Report on enteric fever
Disease focus: Fever
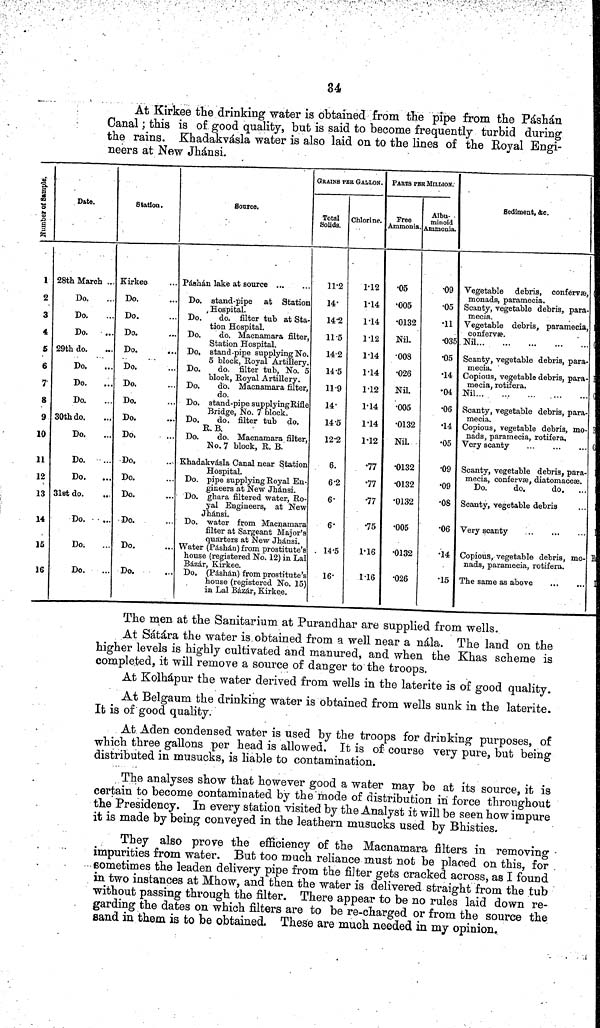
84
At Kirkee the drinking water is obtained from the pipe from the Páshán
Canal; this is of good quality, but is said to become frequently turbid during
the rains. Khadakvaála water is also laid on to the lines of the Royal Engi-
neers at New Jhánsi.
Number of Sample.
1
2
3
4
5
6
7
8
9
10
11
12
13
14
15
16
Date.
28th March ...
Do.
Do.
Do.
29th do.
Do.
Do.
Do.
30th do.
Do.
Do.
Do.
31st do.
Do.
Do.
Do.
Station.
Kirkee
Do.
Do.
Do.
Do.
Do.
Do.
Do.
Do.
Do,
Do,
Do.
Do.
Do.
Do.
Do.
Source.
Páshán lake at source
Do. stand-pipe at Station
Hospital.
Do.
do. filter tub at Sta-
tion Hospital.
Do.
do. Macnamara filter,
Station Hospital.
Do, stand-pipe supplying No.
5 block, Royal Artillery.
Do.
do filter tub, No. 5
block, Royal Artillery.
Do.
do. Macnamara filter,
do.
Do. stand-pipe supplying Rifle
Bridge, No. 7 block.
Do,
do. filter tub do.
R.B.
Do.
do, Macnamara filter,
No. 7 block, R. B.
Khadakvásla Canal near Station
Hospital.
Do. pipe supplying Royal En-
gineers at New Jhánsi.
Do. ghara filtered water, Ro-
yal Engineers, at New
Jhánsi.
Do, water from Macnamara
filter at Sargeant Major's
quarters at New Jhánsi.
Water (Páshán) from prostitute's
house (registered No. 12) in Lal
Bazar, Kirkee.
Do. (Páshán) from prostitute's
house (registered No. 15
in Lal Bázár, Kirkee.
GRAINS PER GALLON.
Total
Solids.
11 2
14
14 2
11 5
14 2
14 5
11 9
14
14 5
12 2
6.
6 2
6
6
. 14 5
16
Chlorine.
1 12
1 14
1 14
1 12
1 14
1 14
1 12
1 14
1 14
1 12
77
77
77
75
ie
1 16
FARTS peR MILlION.
Free
Ammonia.
05
005
0132
Nil.
008
026
Nil.
005
0132
Nil.
0132
0132
0132
005
0132
026
Albu-
minoid
Ammonia,
09
05
11
035
05
14
04
06
14
05
09
09
08
06
14
15
Sediment, &c.
Vegetable debris, confervæ,
monads, paramecia.
Scanty, vegetable debris, para-
mecia.
Vegetable debris, paramecia,
confervæ.
Nil
Scanty, vegetable debris, para-
mecia.
Copious, vegetable debris, para-
mecia. rotifera.
Nil
Scanty, vegetable debris, para-
mecia.
Copious, vegetable debris, mo-
nads, paramecia, rotifera.
Very scanty
. .
Scanty, vegetable debris, para-
mecia, confervæ, diatomaceæ.
Do.
do.
do.
Scanty, vegetable debris
Very scanty
Copious, vegetable debris, mo-
nads, paramecia, rotifera.
The same as above
The men at the Sanitarium at Purandhar are supplied from wells.
At Sátára the water is obtained from a well near a nála. The land on the
higher levels is highly cultivated and manured, and when the Khas scheme is
completed, it will remove a source of danger to the troops.
At Kolhápur the water derived from wells in the laterite is of good quality.
At Belgaum the drinking water is obtained from wells sunk in the laterite.
It is of good quality.
At Aden condensed water is used by the troops for drinking purposes, of
which three gallons per head is allowed. It is of course very pure, but being
distributed in musucks, is liable to contamination.
The analyses show that however good a water may be at its source, it is
certain to become contaminated by the mode of distribution in force throughout
the Presidency. In every station visited by the Analyst it will be seen how impure
it is made by being conveyed in the leathern musucks used by Bhisties.
They also prove the efficiency of the Macnamara filters in removing
impurities from water. But too much reliance must not be placed on this, for
sometimes the leaden delivery pipe from the filter gets cracked across, as I found
in two instances at Mhow, and then the water is delivered straight from the tub
without passing through the filter. There appear to be no rules laid down re-
garding the dates on which filters are to be re-charged or from the source the
sand in them is to be obtained. These are much needed in my opinion.